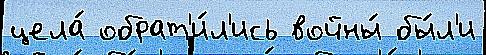
цела́ обрат'и́л'ись войны́ бы́л'и